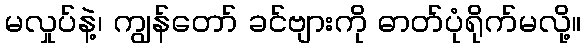
မလှုပ်နဲ့၊ ကျွန်တော် ခင်ဗျားကို ဓာတ်ပုံရိုက်မလို့။